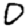
Digit: 0